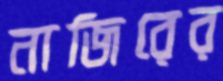
নাজিরের